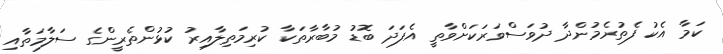
ކަމާ އެކު ފެތުރެމުންދާ ދުވަސްވަރަކަށްވާތީ އެފަދަ ބޮޑު މުބާރާތަކާ ކުރިމަތިލާއިރު ކުޅުންތެރީންގެ ސަލާމަތާއި